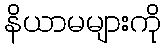
နိယာမများကို